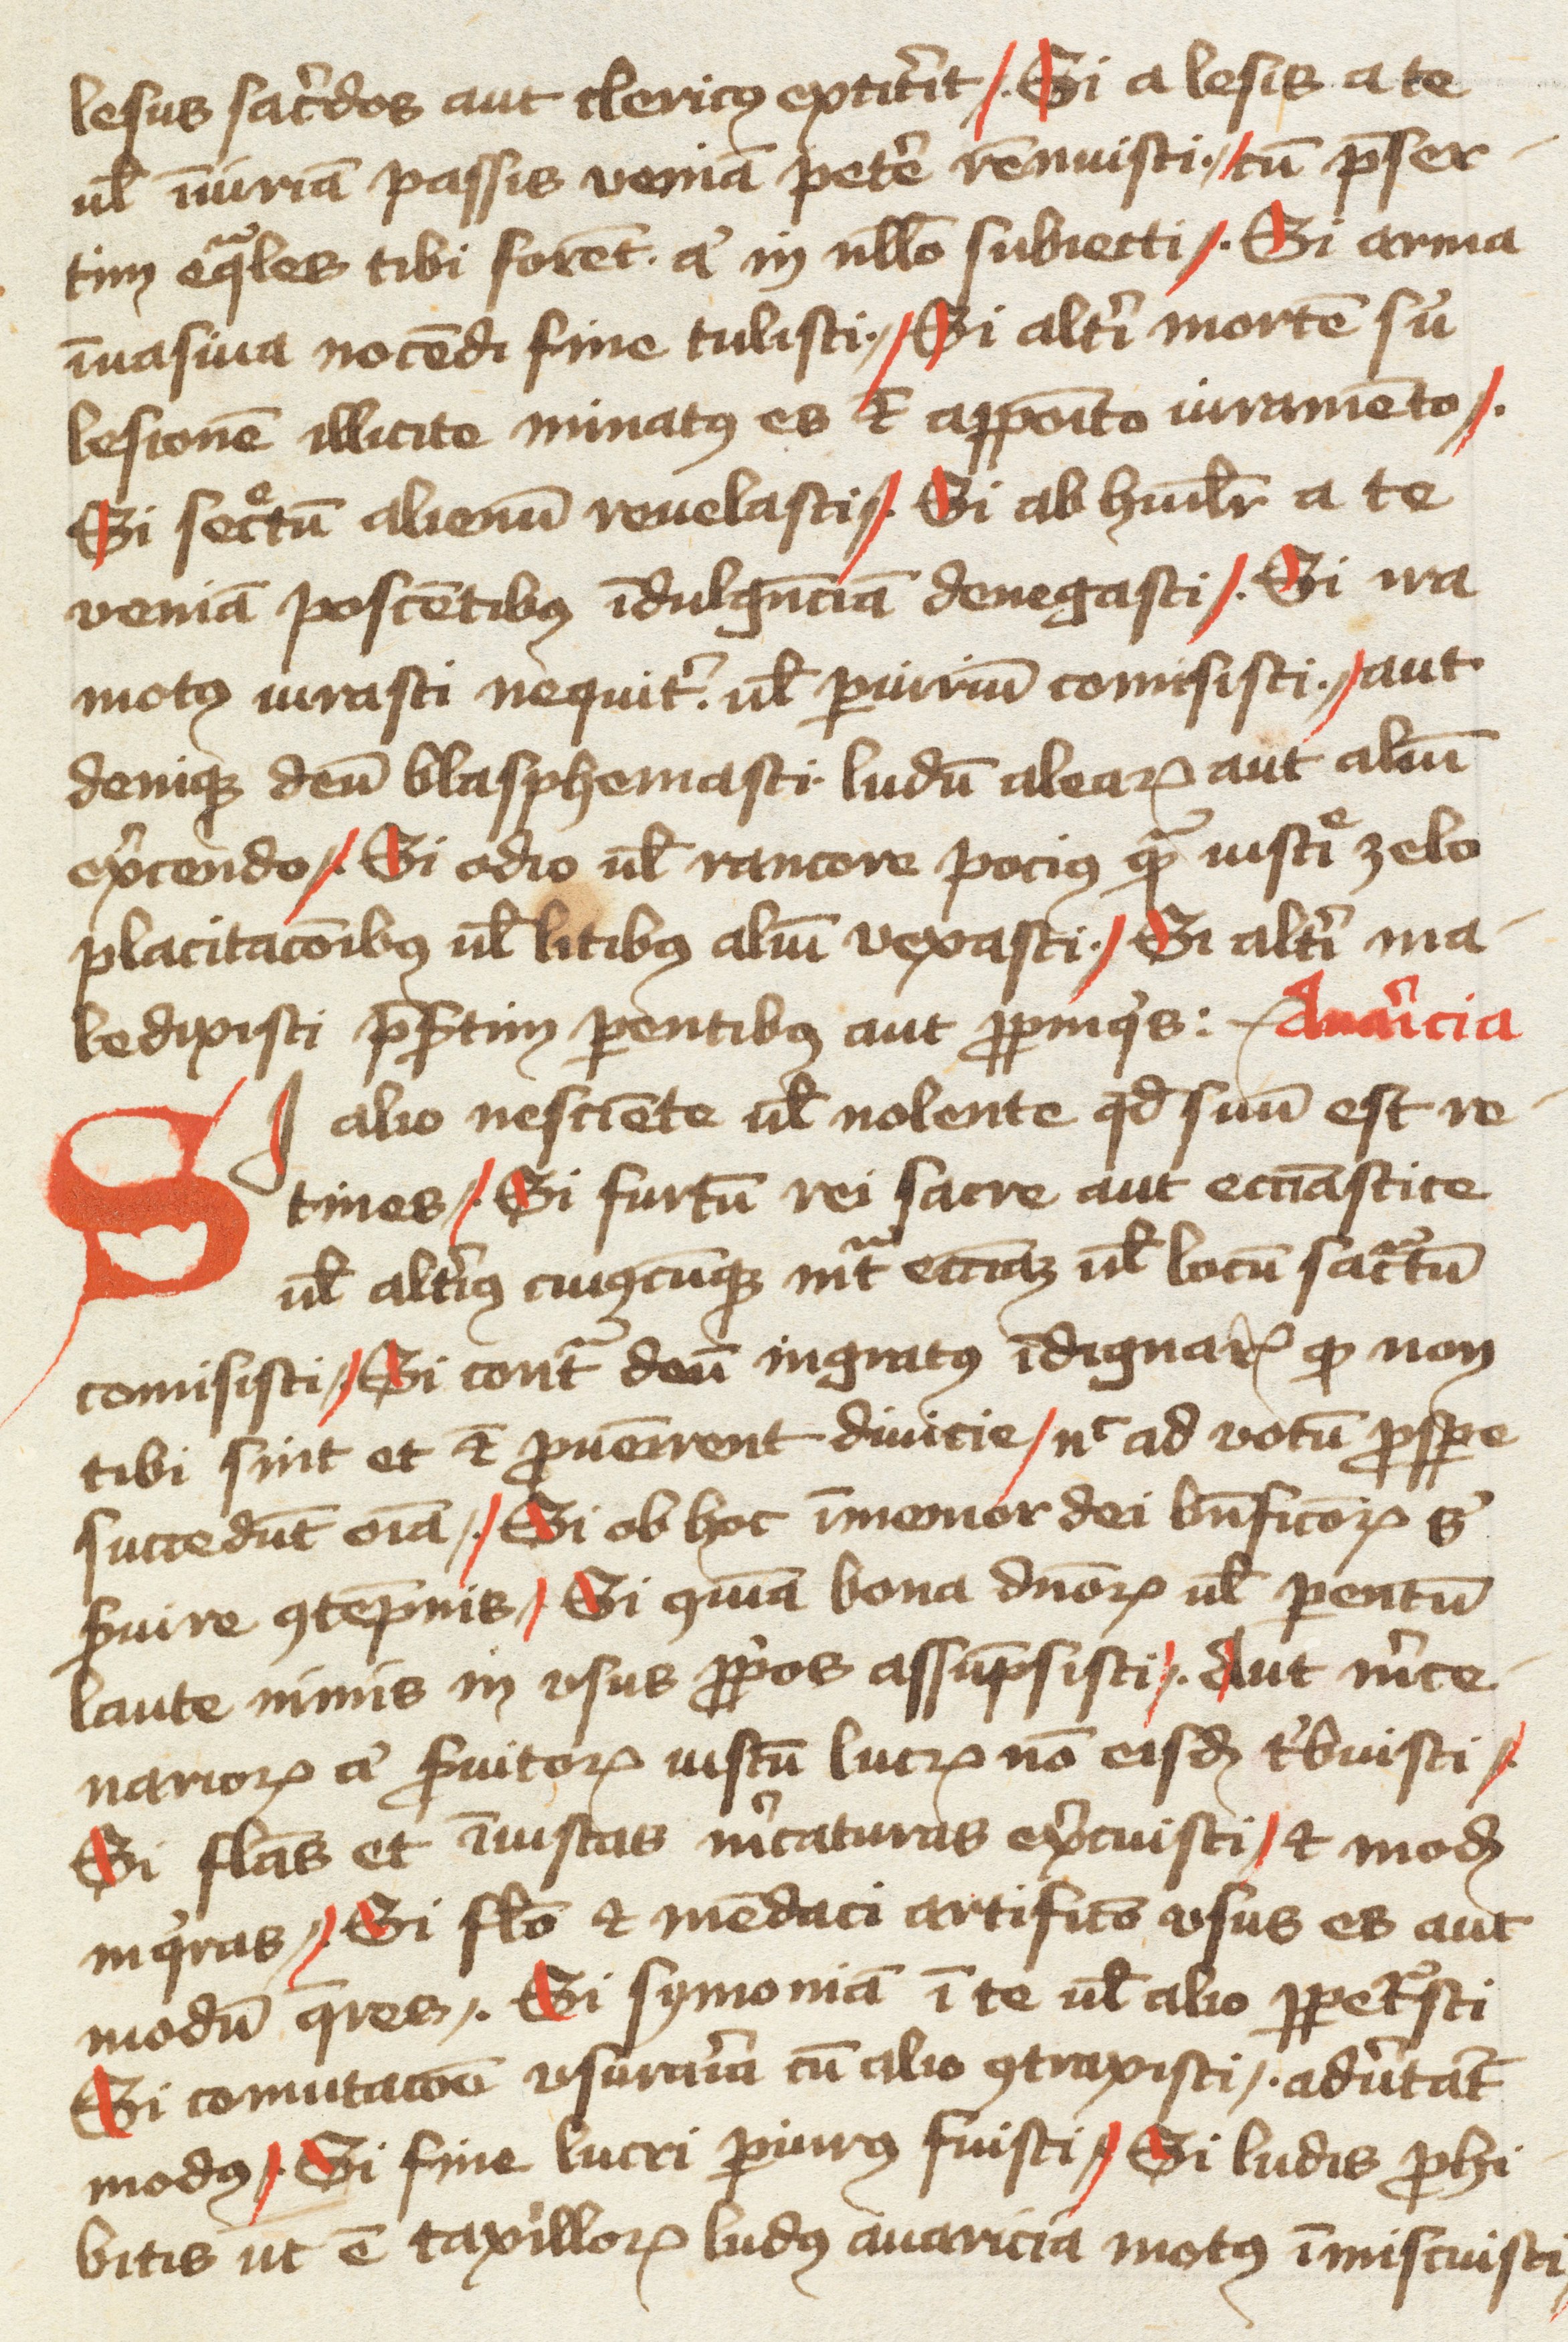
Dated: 1350–1399